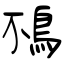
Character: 鴀